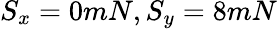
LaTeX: S_{x}=0mN,S_{y}=8mN